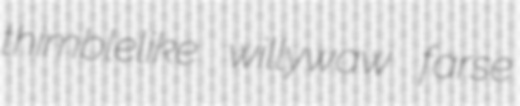
thimblelike willywaw farse